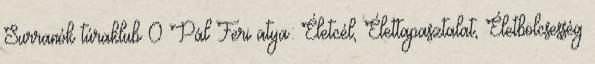
Surranók túraklub 0 Pál Feri atya: Életcél, Élettapasztalat, Életbölcsesség